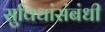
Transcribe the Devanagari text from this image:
सुविधांसंबंधी